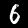
Label: 6